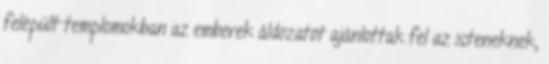
felépült templomokban az emberek áldozatot ajánlottak fel az isteneknek,